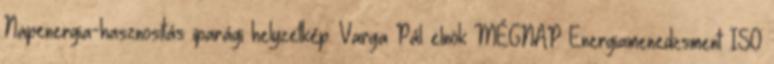
Napenergia-hasznosítás iparági helyzetkép. Varga Pál elnök MÉGNAP Energiamenedzsment ISO